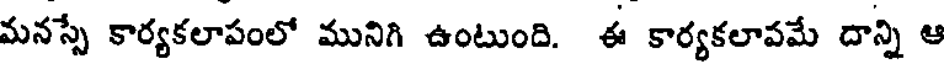
మనస్సే కార్యకలాపంలో మునిగి ఉంటుంది. ఈ కార్యకలావమే దాన్ని ఆ